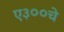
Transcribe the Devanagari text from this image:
ए३००चे